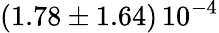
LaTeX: \left(1.78\pm 1.64\right)\, 10^{-4}